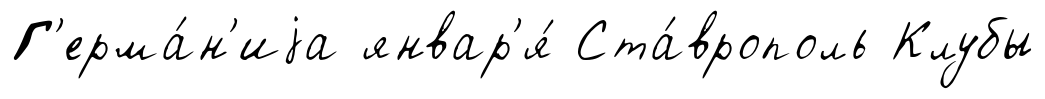
Г'ерма́н'иjа январ'я́ Ста́врополь Клубы